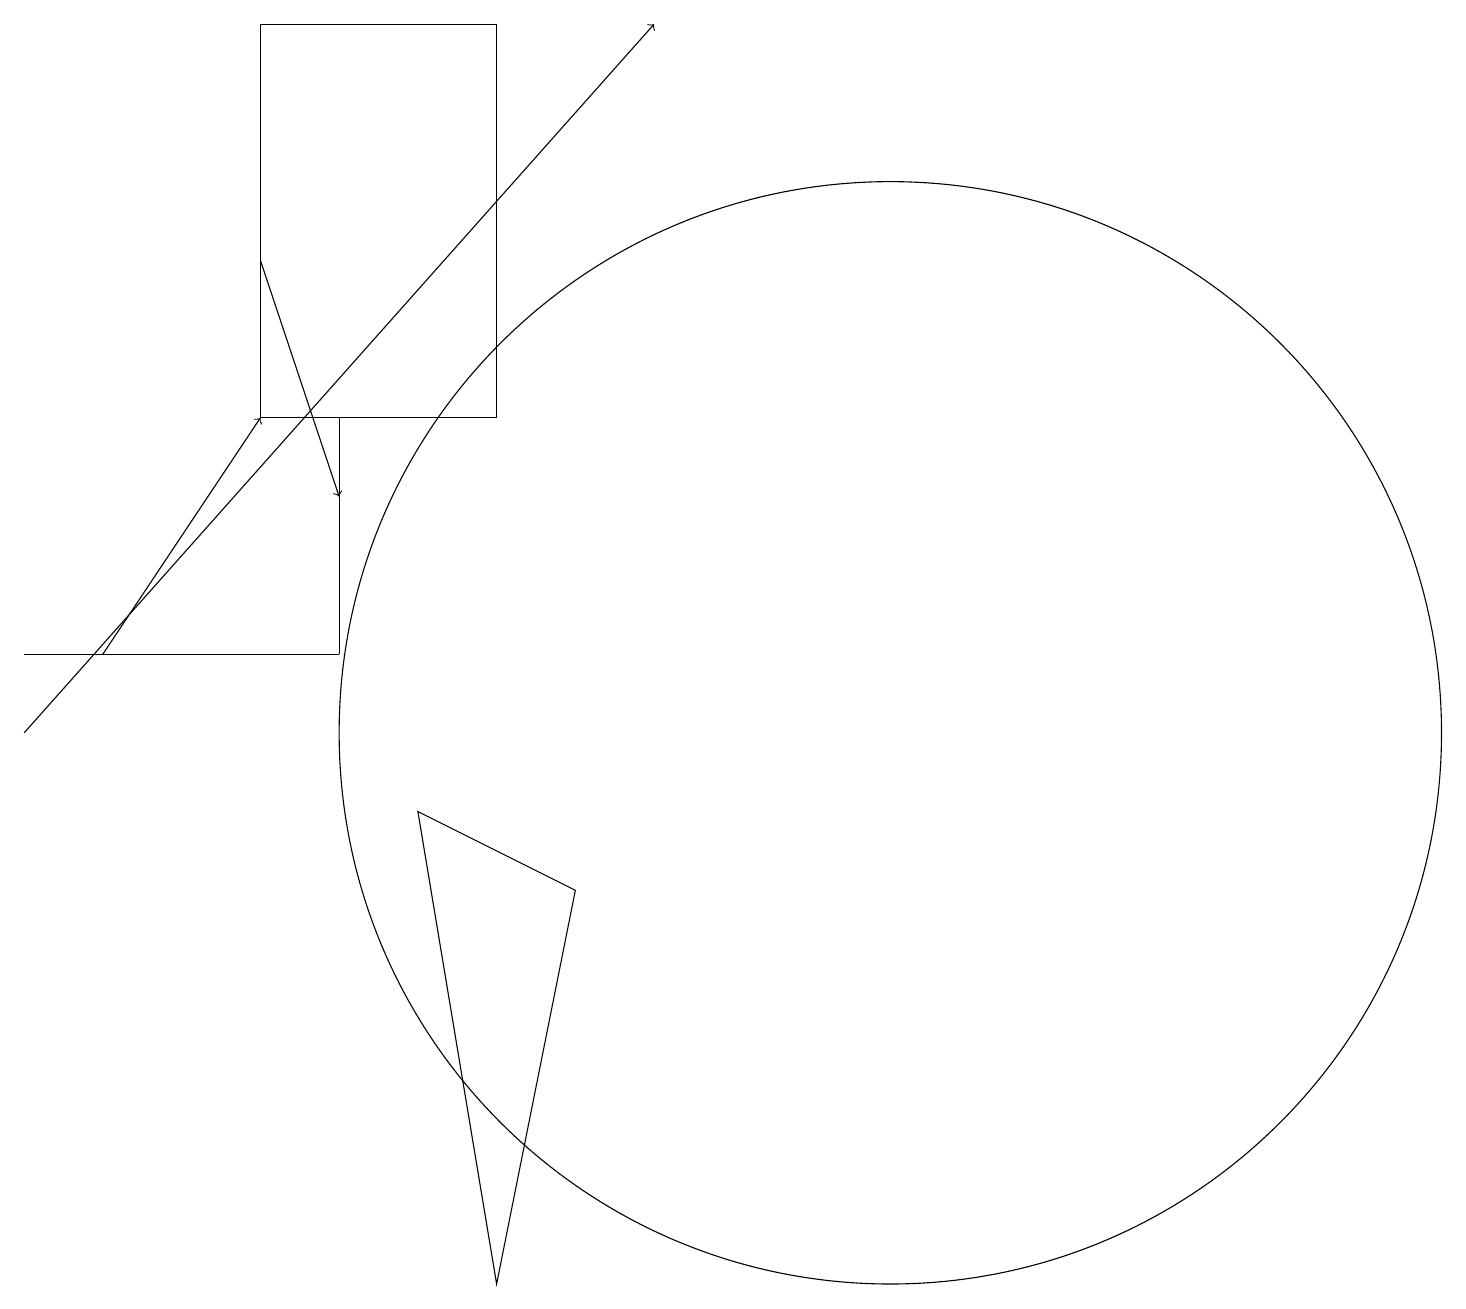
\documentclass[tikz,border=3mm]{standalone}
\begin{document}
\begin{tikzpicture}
\draw (5,14) rectangle (5,11);
\draw (12,10) circle (7);
\draw (4,14) rectangle (7,19);
\draw[->] (1,10) -- (9,19);
\draw[->] (2,11) -- (4,14);
\draw (5,11) rectangle (1,11);
\draw[->] (4,16) -- (5,13);
\draw (8,8) -- (7,3) -- (6,9) -- cycle;
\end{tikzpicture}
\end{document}